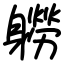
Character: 軂